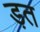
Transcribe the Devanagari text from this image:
ड़त